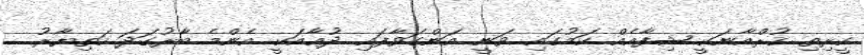
ކީރިތި ޤުރްއާނަކީ ޝިފާއެއް ކަމުގައި ވަނީ އަންގަވާފައި. ދުޢާއަކީ އެންމެ ބާރުގަދަ ހަތިޔާރު.